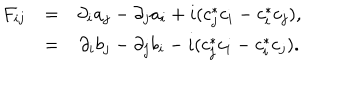
\begin{array} { c c c } { { F _ { i j } } } & { { = } } & { { \partial _ { i } a _ { j } - \partial _ { j } a _ { i } + i ( c _ { j } ^ { * } c _ { i } - c _ { i } ^ { * } c _ { j } ) , } } \\ { { } } & { { = } } & { { \partial _ { i } b _ { j } - \partial _ { j } b _ { i } - i ( c _ { j } ^ { * } c _ { i } - c _ { i } ^ { * } c _ { j } ) . } } \\ \end{array}